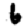
Digit: 6